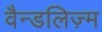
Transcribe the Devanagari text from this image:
वैन्डलिज़्म